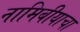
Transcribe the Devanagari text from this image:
नामिबीयाचा